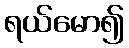
ရယ်မော၍